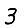
Digit: 3